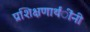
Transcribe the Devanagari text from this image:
प्रशिक्षणार्थंींनी